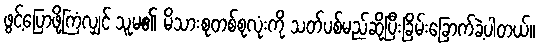
ဖွင့်ပြောဖို့ကြံလျှင် သူမ၏ မိသားစုတစ်စုလုံးကို သတ်ပစ်မည်ဆိုပြီးခြိမ်းခြောက်ခဲ့ပါတယ်။